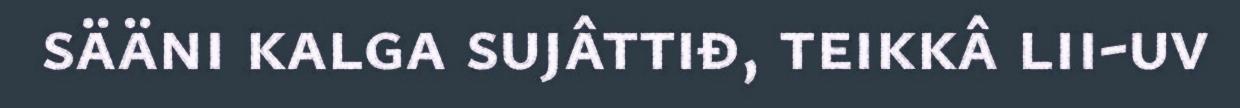
sääni kalga sujâttiđ, teikkâ lii-uv